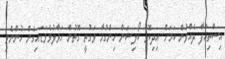
އިސްތިއުފާ ދެއްވުން ކަމަށް އިދިކޮޅު ކޯލިޝަން ހިންގުމާ ވަގުތީ ގޮތުން ހަވާލުވެވަޑައިގެން ހުންނެވި